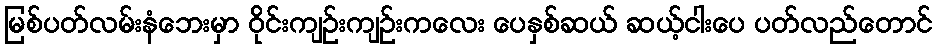
မြစ်ပတ်လမ်းနံဘေးမှာ ဝိုင်းကျဉ်းကျဉ်းကလေး ပေနှစ်ဆယ် ဆယ့်ငါးပေ ပတ်လည်တောင်